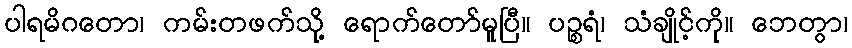
ပါရမိဂတော၊ ကမ်းတဖက်သို့ ရောက်တော်မူပြီ။ ပဉ္စရံ၊ သံချိုင့်ကို။ ဘေတွာ၊